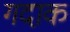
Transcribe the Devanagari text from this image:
गदाक